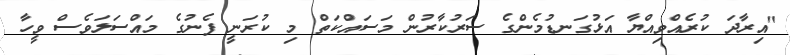
"އިރާދަ ކުރެއްވިއްޔާ އަޅުގަނޑުމެންގެ ސަރުކާރުން މަސައްކަތް މި ކުރަނީ ފެނުގެ މައްސަލަވެސް ވީހާ